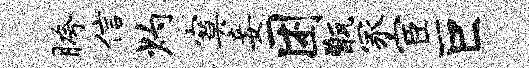
胯信灼寞妾困甑冢宦巨